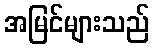
အမြင်များသည်